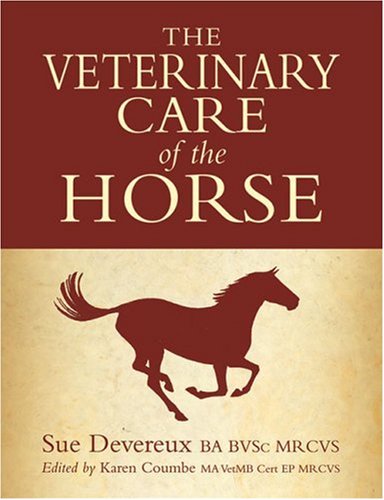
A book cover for The Veterinary Care of the Horse; Sue Devereux; Medical Books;